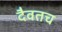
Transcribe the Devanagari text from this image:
दैवतच